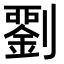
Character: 𭄘